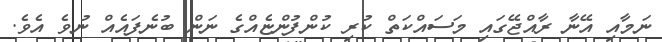
ނަމާއި އޭނާ ރާއްޖޭގައި މަސައްކަތް ކުރި ކުންފުންޏެއްގެ ނަން ބުނެފައެއް ނުވެ އެވެ.